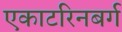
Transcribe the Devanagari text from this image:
एकाटरिनबर्ग